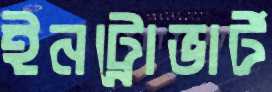
ইনট্রোভার্ট